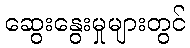
ဆွေးနွေးမှုများတွင်